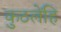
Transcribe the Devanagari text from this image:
कुठलेंहि